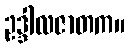
ဥဒ္ဒါလဇာတက။